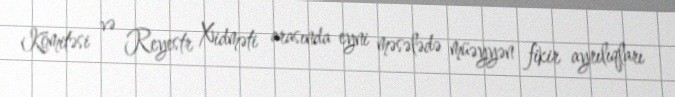
Komitəsi və Reyestr Xidməti arasında eyni məsələdə müəyyən fikir ayrılıqları